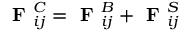
\textbf { F } _ { i j } ^ { C } = \textbf { F } _ { i j } ^ { B } + \textbf { F } _ { i j } ^ { S }